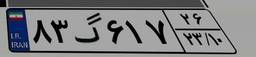
۸۳گ۶۱۷۲۶